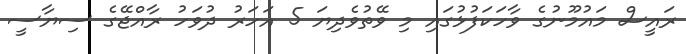
ރައީސް މައުމޫނުގެ ވާހަކަފުޅުގައި މި ވޭތުވެދިޔަ 5 އަހަރު ދުވަހު ރާއްޖޭގެ ސިޔާސީ